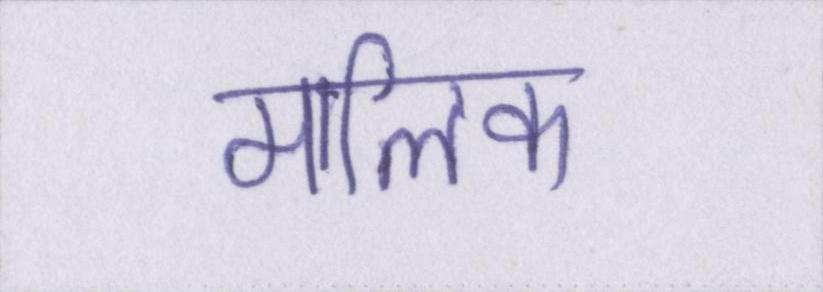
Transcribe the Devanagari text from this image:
मालिक